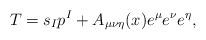
LaTeX: \begin{align*}T = s_I p^I + A_{\mu \nu \eta}(x) e^\mu e^\nu e^\eta,\end{align*}